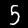
Digit: 5